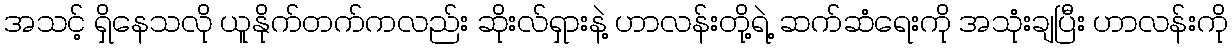
အသင့် ရှိနေသလို ယူနိုက်တက်ကလည်း ဆိုးလ်ရှားနဲ့ ဟာလန်းတို့ရဲ့ ဆက်ဆံရေးကို အသုံးချပြီး ဟာလန်းကို